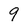
Character: 9